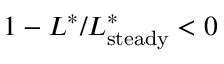
1 - L ^ { \ast } / L _ { \mathrm { s t e a d y } } ^ { \ast } < 0